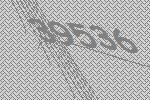
39536